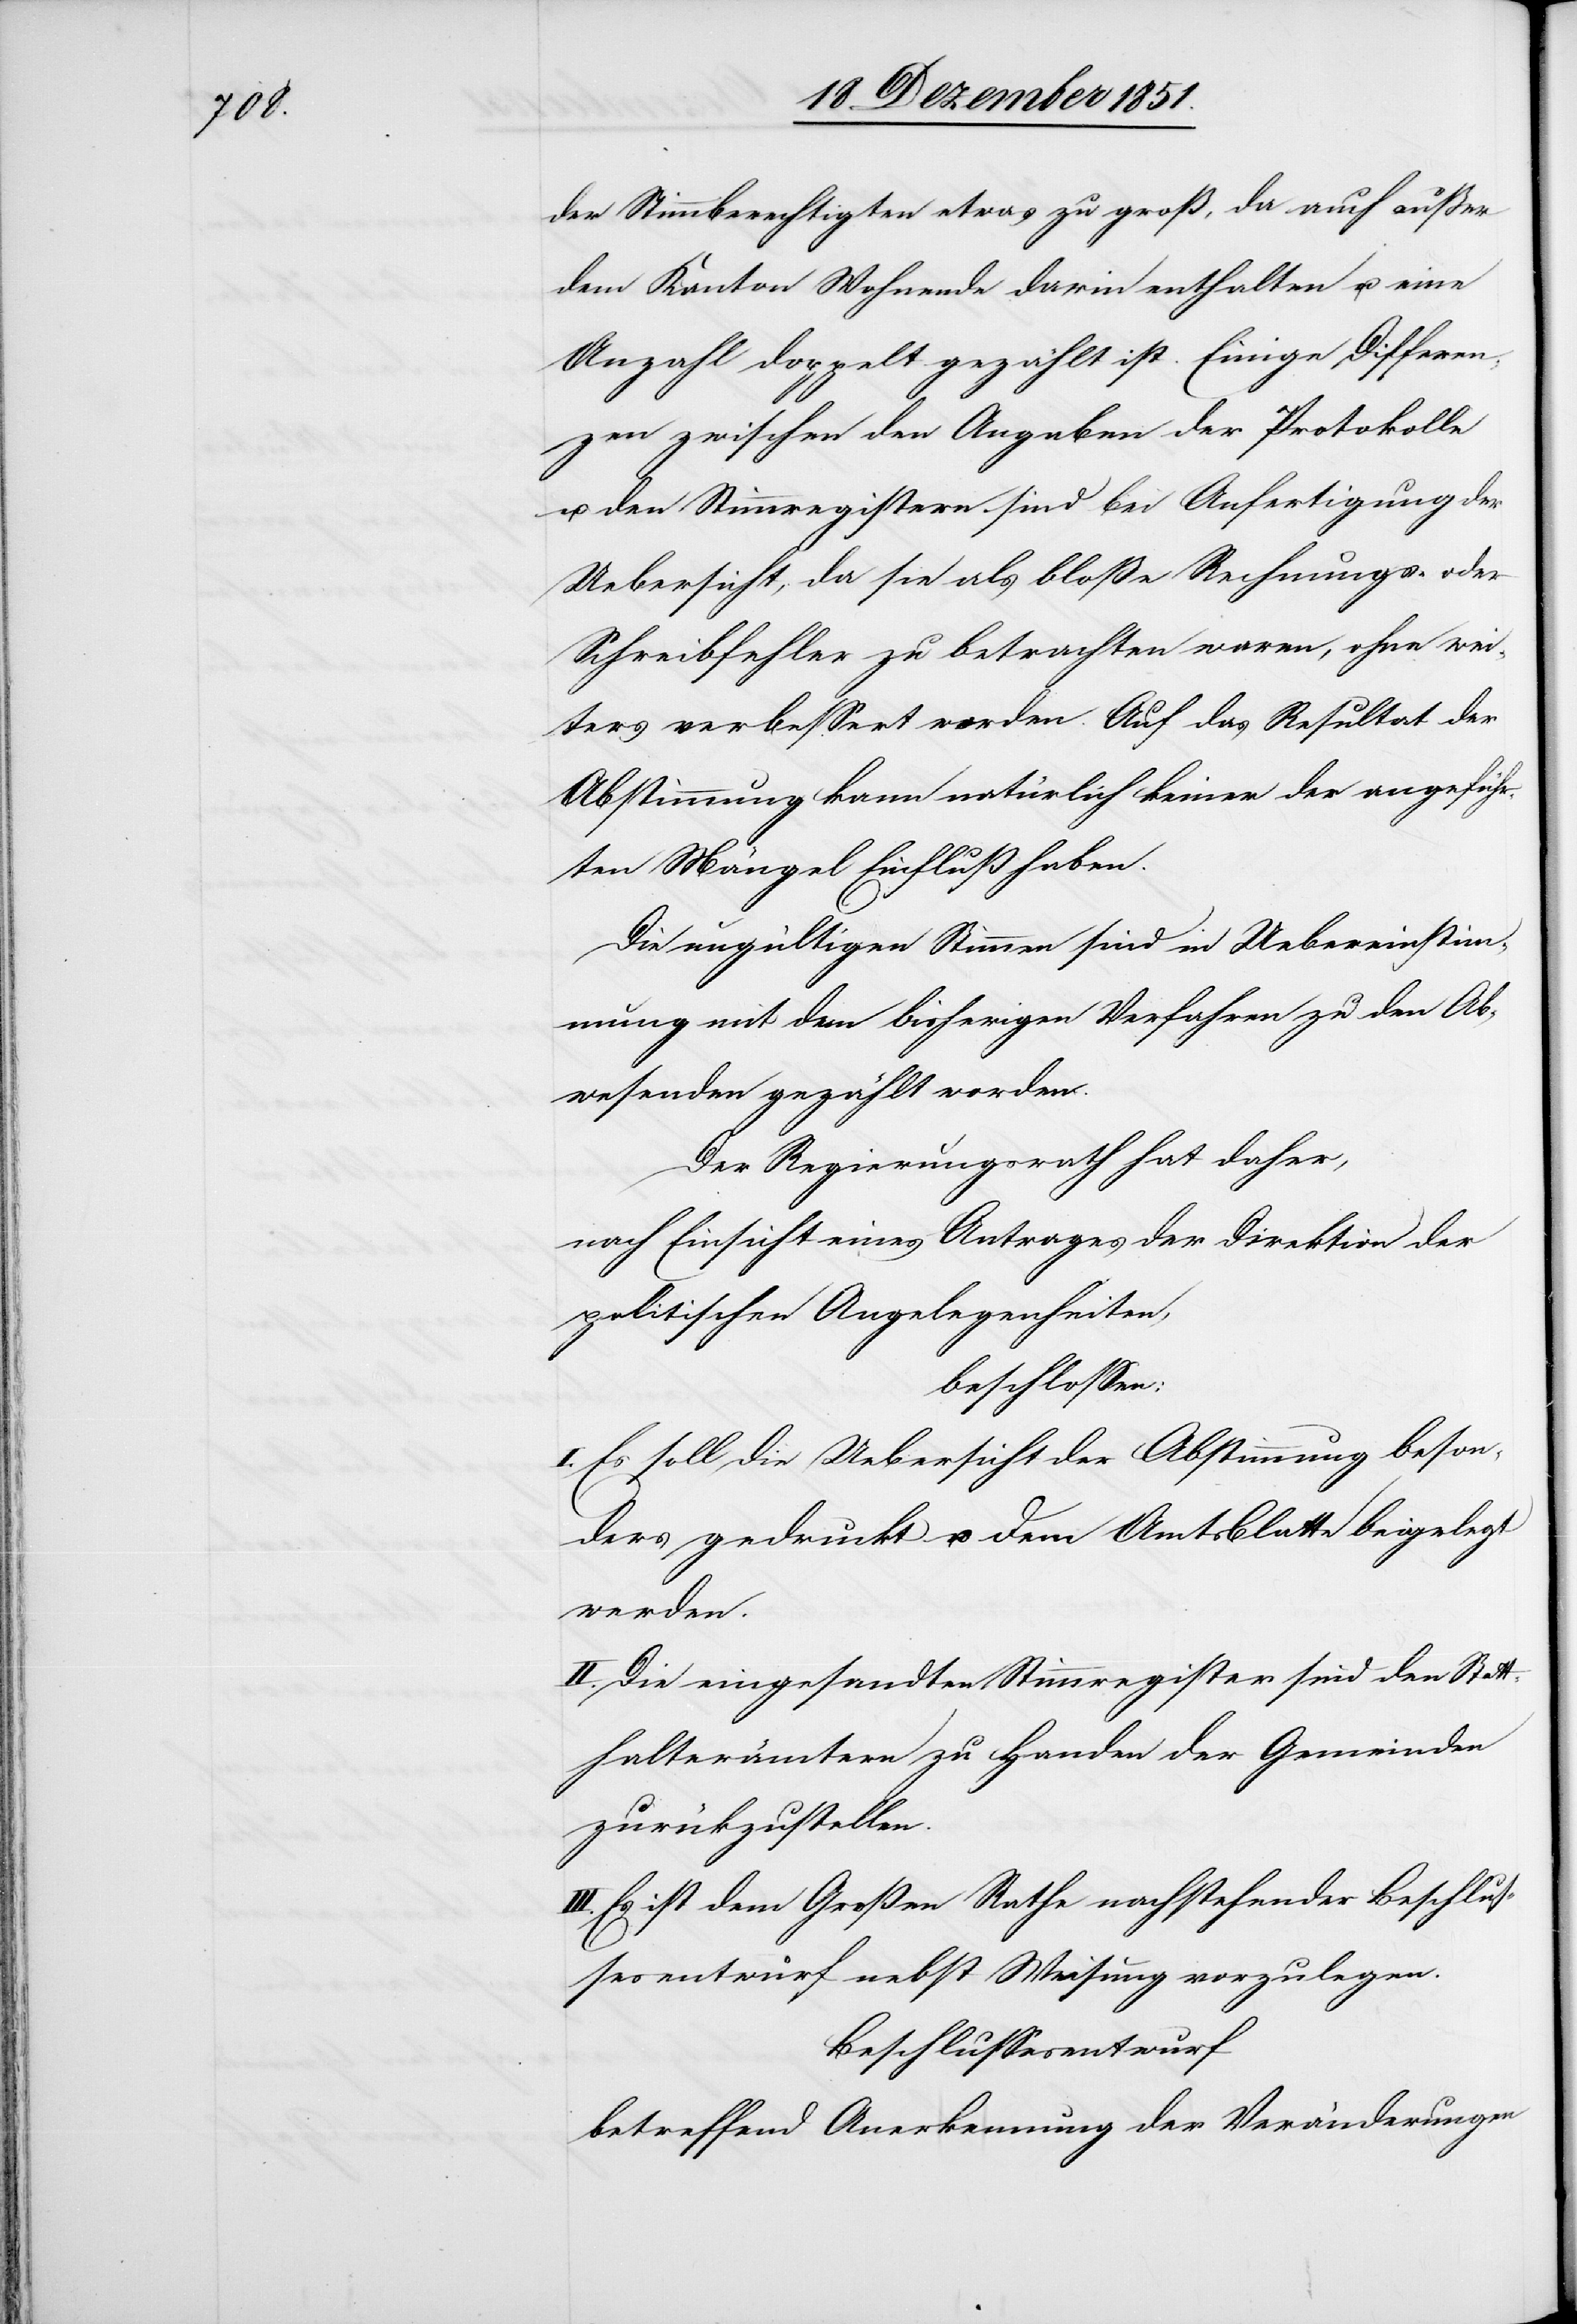
der Stimmberechtigten etwas zu groß, da auch außer
dem Kanton Wohnende darin enthalten u. eine
Anzahl doppelt gezählt ist. Einige Differen¬
zen zwischen den Angaben der Protokolle
u. den Stimmregistern sind bei Anfertigung der
Uebersicht, da sie als bloße Rechnungs- oder
Schreibfehler zu betrachten waren, ohne wei¬
ters verbessert worden. Auf das Resultat der
Abstimmung kann natürlich keiner der angeführ¬
ten Mängel Einfluß haben.
Die ungültigen Stimmen sind in Uebereinstim¬
mung mit dem bisherigen Verfahren zu den Ab¬
wesenden gezählt worden.
Der Regierungsrath hat daher,
nach Einsicht eines Antrages der Direktion der
politischen Angelegenheiten,
beschlossen:
I. Es soll die Uebersicht der Abstimmung beson¬
ders gedruckt u. dem Amtsblatte beigelegt
werden.
II. Die eingesandten Stimmregister sind den Stat¬
thalterämtern zu Handen der Gemeinden
zurü[c]kzustellen.
III. Es ist dem Großen Rathe nachstehender Beschlus¬
sesentwurf nebst Weisung vorzulegen.
Beschlussesentwurf
betreffend Anerkennung der Veränderungen